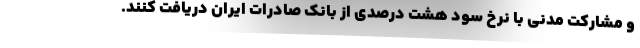
و مشارکت مدنی با نرخ سود هشت درصدی از بانک صادرات ایران دریافت کنند.